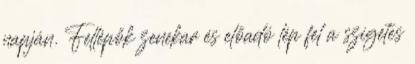
napján. Fellépők zenekar és előadó lép fel a szigetes